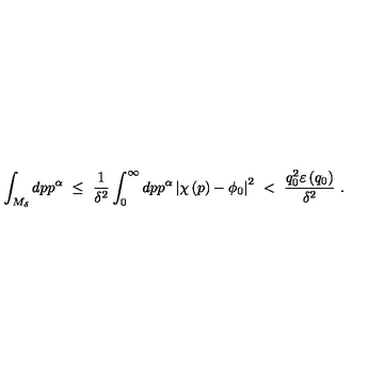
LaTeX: \int _ { M _ { \delta } } d p p ^ { \alpha } \ \leq \ \frac { 1 } { \delta ^ { 2 } } \int _ { 0 } ^ { \infty } d p p ^ { \alpha } \left| \chi \left( p \right) - \phi _ { 0 } \right| ^ { 2 } \ < \ \frac { q _ { 0 } ^ { 2 } \varepsilon \left( q _ { 0 } \right) } { \delta ^ { 2 } } \ .